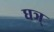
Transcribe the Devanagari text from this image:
घञ्‌